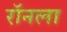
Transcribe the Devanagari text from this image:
रॉनला